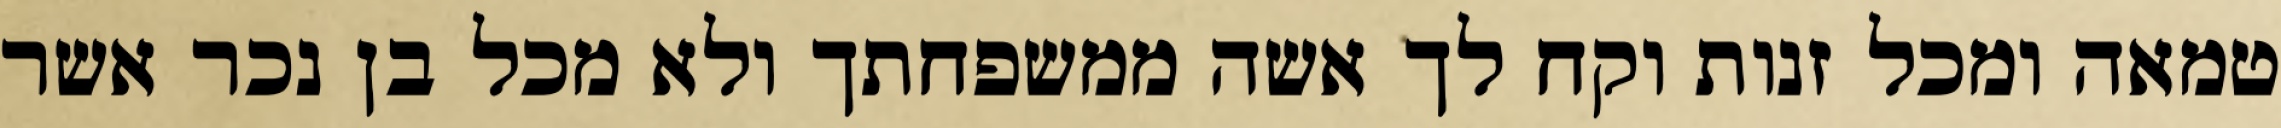
טמאה ומכל זנות וקח לך אשה ממשפחתך ולא מכל בן נכר אשר